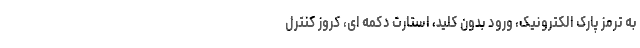
به ترمز پارک الکترونیک، ورود بدون کلید، استارت دکمه ای، کروز کنترل